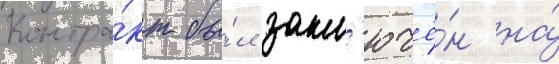
Контра́кт бы́л закл'ючё́н на́